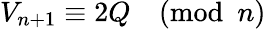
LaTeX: V_{n+1}\equiv 2Q{\pmod{n}}